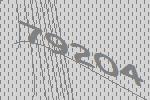
79204